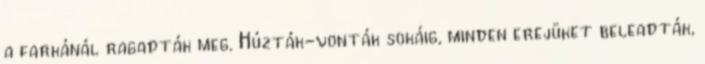
a farkánál ragadták meg. Húzták-vonták sokáig, minden erejüket beleadták,